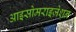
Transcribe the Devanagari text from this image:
आइसोमराइज़ेशन